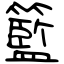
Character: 籃